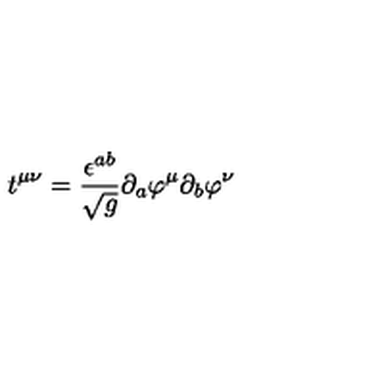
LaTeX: t ^ { \mu \nu } = \frac { \epsilon ^ { a b } } { \sqrt g } \partial _ { a } \varphi ^ { \mu } \partial _ { b } \varphi ^ { \nu }